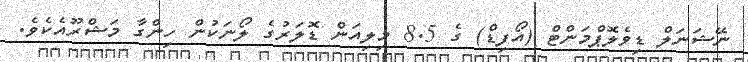
ނޭޝަނަލް ޑިވެލޮޕްމަންޓް (އޯފިޑް) ގެ 8.5 މިލިއަން ޑޮލަރުގެ ލޯނަކުން ހިންގާ މަޝްރޫއެކެވެ.